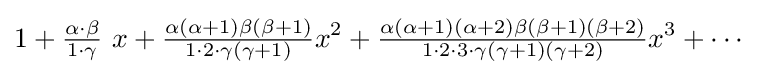
1+{\tfrac {\alpha \cdot \beta }{1\cdot \gamma }}~x+{\tfrac {\alpha (\alpha +1)\beta (\beta +1)}{1\cdot 2\cdot \gamma (\gamma +1)}}x^{2}+{\tfrac {\alpha (\alpha +1)(\alpha +2)\beta (\beta +1)(\beta +2)}{1\cdot 2\cdot 3\cdot \gamma (\gamma +1)(\gamma +2)}}x^{3}+\cdots